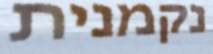
נקמנית